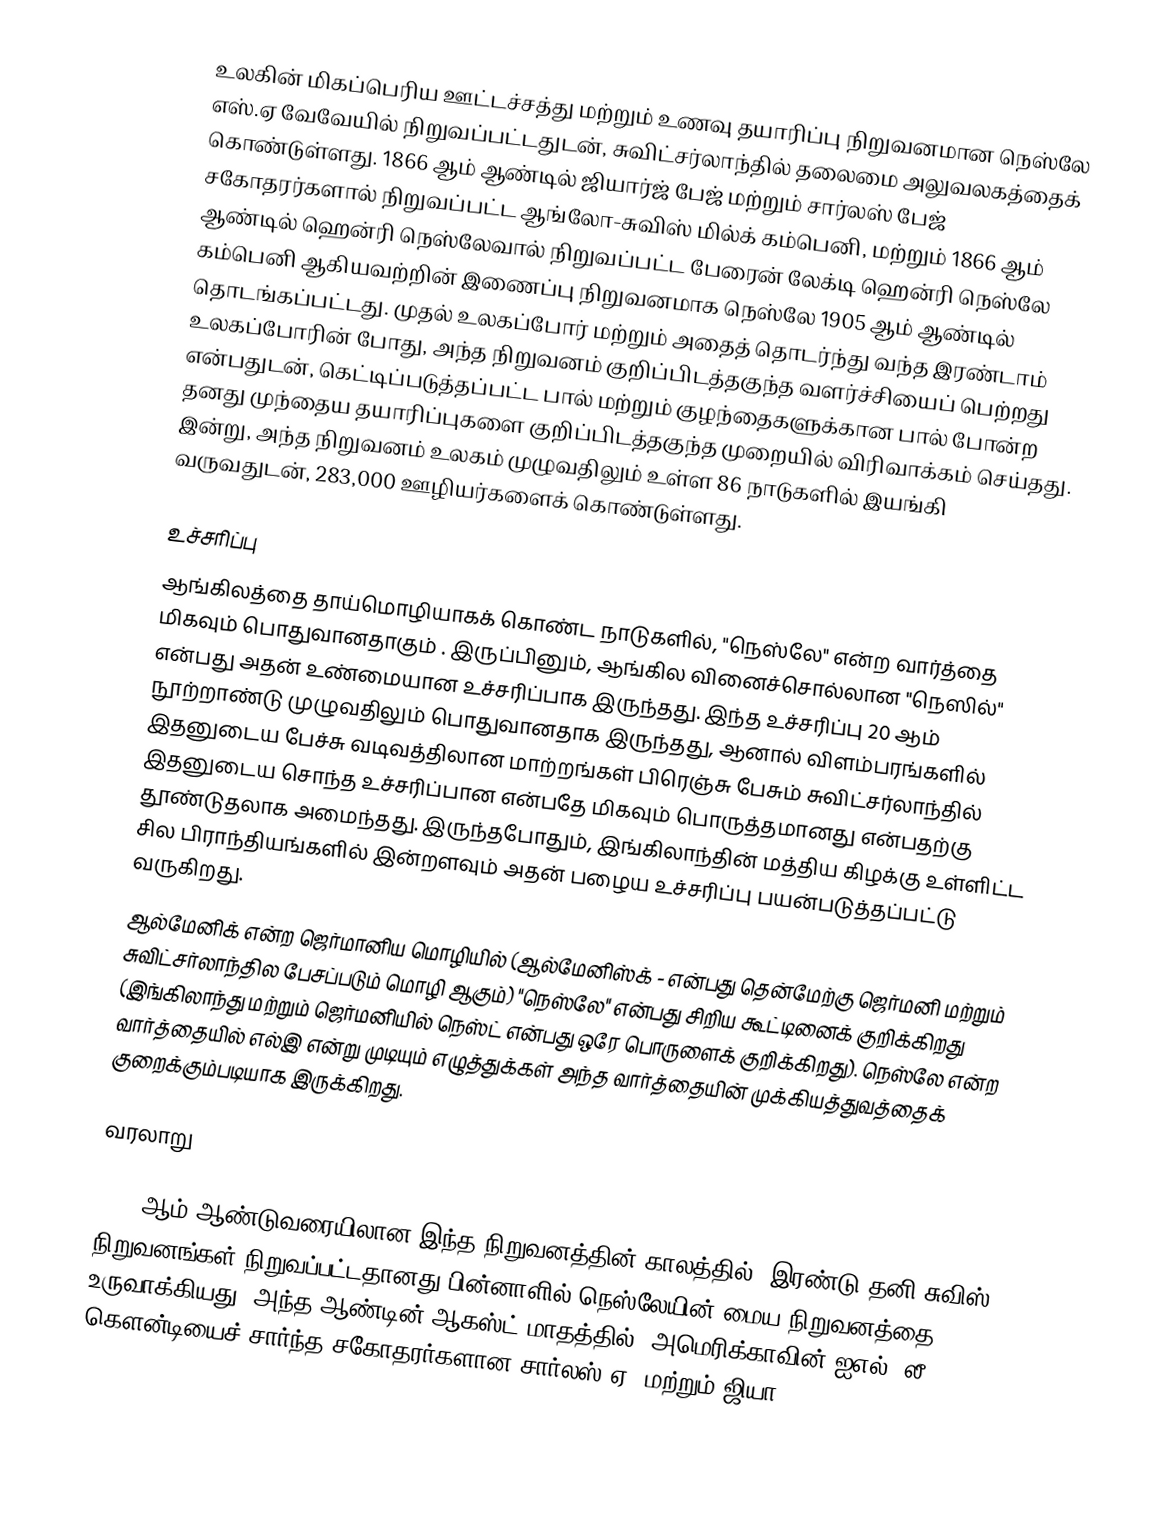
உலகின் மிகப்பெரிய ஊட்டச்சத்து மற்றும் உணவு தயாரிப்பு நிறுவனமான நெஸ்லே எஸ்.ஏ  வேவேயில் நிறுவப்பட்டதுடன், சுவிட்சர்லாந்தில் தலைமை அலுவலகத்தைக் கொண்டுள்ளது. 1866 ஆம் ஆண்டில் ஜியார்ஜ் பேஜ் மற்றும் சார்லஸ் பேஜ் சகோதரர்களால் நிறுவப்பட்ட ஆங்லோ-சுவிஸ் மில்க் கம்பெனி, மற்றும் 1866 ஆம் ஆண்டில் ஹென்ரி நெஸ்லேவால் நிறுவப்பட்ட பேரைன் லேக்டி ஹென்ரி நெஸ்லே கம்பெனி ஆகியவற்றின் இணைப்பு நிறுவனமாக நெஸ்லே 1905 ஆம் ஆண்டில் தொடங்கப்பட்டது. முதல் உலகப்போர் மற்றும் அதைத் தொடர்ந்து வந்த இரண்டாம் உலகப்போரின் போது, அந்த நிறுவனம் குறிப்பிடத்தகுந்த வளர்ச்சியைப் பெற்றது என்பதுடன், கெட்டிப்படுத்தப்பட்ட பால் மற்றும் குழந்தைகளுக்கான பால் போன்ற தனது முந்தைய தயாரிப்புகளை குறிப்பிடத்தகுந்த முறையில் விரிவாக்கம் செய்தது. இன்று, அந்த நிறுவனம் உலகம் முழுவதிலும் உள்ள 86 நாடுகளில் இயங்கி வருவதுடன், 283,000 ஊழியர்களைக் கொண்டுள்ளது.

உச்சாிப்பு
ஆங்கிலத்தை தாய்மொழியாகக் கொண்ட நாடுகளில், "நெஸ்லே" என்ற வார்த்தை மிகவும் பொதுவானதாகும் . இருப்பினும், ஆங்கில வினைச்சொல்லான "நெஸில்" என்பது அதன் உண்மையான உச்சரிப்பாக இருந்தது. இந்த உச்சரிப்பு 20 ஆம் நூற்றாண்டு முழுவதிலும் பொதுவானதாக இருந்தது, ஆனால் விளம்பரங்களில் இதனுடைய பேச்சு வடிவத்திலான மாற்றங்கள் பிரெஞ்சு பேசும் சுவிட்சர்லாந்தில் இதனுடைய சொந்த உச்சரிப்பான  என்பதே மிகவும் பொருத்தமானது என்பதற்கு தூண்டுதலாக அமைந்தது. இருந்தபோதும், இங்கிலாந்தின் மத்திய கிழக்கு உள்ளிட்ட சில பிராந்தியங்களில் இன்றளவும் அதன் பழைய உச்சரிப்பு பயன்படுத்தப்பட்டு வருகிறது.
ஆல்மேனிக் என்ற ஜெர்மானிய மொழியில் (ஆல்மேனிஸ்க் - என்பது தென்மேற்கு ஜெர்மனி மற்றும் சுவிட்சர்லாந்தில பேசப்படும் மொழி ஆகும்) "நெஸ்லே" என்பது சிறிய கூட்டினைக் குறிக்கிறது (இங்கிலாந்து மற்றும் ஜெர்மனியில் நெஸ்ட் என்பது ஒரே பொருளைக் குறிக்கிறது). நெஸ்லே என்ற வார்த்தையில் எல்இ என்று முடியும் எழுத்துக்கள் அந்த வார்த்தையின் முக்கியத்துவத்தைக் குறைக்கும்படியாக இருக்கிறது.

வரலாறு

1867 ஆம் ஆண்டுவரையிலான இந்த நிறுவனத்தின் காலத்தில், இரண்டு தனி சுவிஸ் நிறுவனங்கள் நிறுவப்பட்டதானது பின்னாளில் நெஸ்லேயின் மைய நிறுவனத்தை உருவாக்கியது. அந்த ஆண்டின் ஆகஸ்ட் மாதத்தில், அமெரிக்காவின் ஐஎல், லீ கௌன்டியைச் சார்ந்த சகோதரர்களான சார்லஸ் ஏ. மற்றும் ஜியா